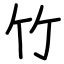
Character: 竹